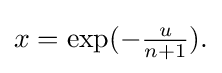
{\textstyle x=\exp(-{\frac {u}{n+1}}).}